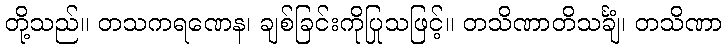
တို့သည်။ တသကရဏေန၊ ချစ်ခြင်းကိုပြုသဖြင့်။ တသိဏာတိသင်္ချံ၊ တသိဏာ